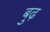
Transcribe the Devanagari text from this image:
बुढ़